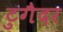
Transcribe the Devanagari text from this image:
टुगैदर